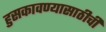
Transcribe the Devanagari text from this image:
हुसकावण्यासाठीची